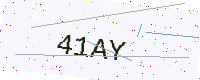
Text: 41AY